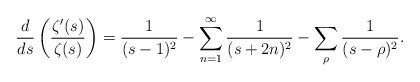
LaTeX: \begin{align*} \frac{d}{ds}\left(\frac{\zeta'(s)}{\zeta(s)} \right) = \frac{1}{(s-1)^2} - \sum_{n=1}^\infty \frac{1}{(s+2n)^2} - \sum_\rho \frac{1}{(s-\rho)^2}.\end{align*}